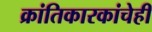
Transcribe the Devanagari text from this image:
क्रांतिकारकांचेही